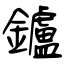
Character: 鑪